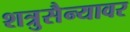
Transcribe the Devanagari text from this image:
शत्रुसैन्यावर